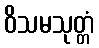
ဝိသမသုတ္တံ